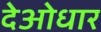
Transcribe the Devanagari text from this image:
देओधार